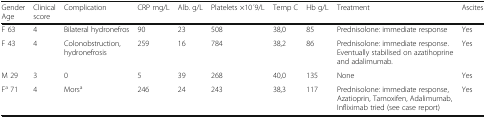
<table><thead><tr><td><b>GenderAge</b></td><td><b>Clinical score</b></td><td><b>Complication</b></td><td><b>CRP mg/L</b></td><td><b>Alb. g/L</b></td><td><b>Platelets ×10 ́9/L</b></td><td><b>Temp C</b></td><td><b>Hb g/L</b></td><td><b>Treatment</b></td><td><b>Ascites</b></td></tr></thead><tbody><tr><td>F 63</td><td>4</td><td>Bilateral hydronefros</td><td>90</td><td>23</td><td>508</td><td>38,0</td><td>85</td><td>Prednisolone: immediate response</td><td>Yes</td></tr><tr><td>F 43</td><td>4</td><td>Colonobstruction, hydronefrosis</td><td>259</td><td>16</td><td>784</td><td>38,2</td><td>86</td><td>Prednisolone: immediate response. Eventually stabilised on azatihoprine and adalimumab.</td><td>Yes</td></tr><tr><td>M 29</td><td>3</td><td>0</td><td>5</td><td>39</td><td>268</td><td>40,0</td><td>135</td><td>None</td><td>Yes</td></tr><tr><td>F<sup>a</sup> 71</td><td>4</td><td>Mors<sup>a</sup></td><td>246</td><td>24</td><td>243</td><td>38,3</td><td>117</td><td>Prednisolone: immediate response, Azatioprin, Tamoxifen, Adalimumab, Infliximab tried (see case report)</td><td>Yes</td></tr></tbody></table>